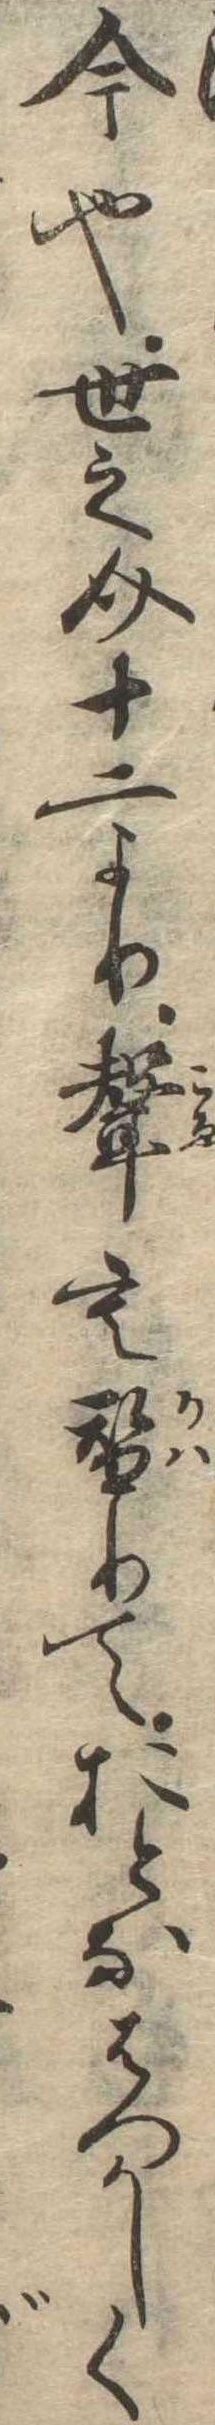
今也世之介十二より声も替りておとなはつかしく